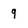
Character: 9